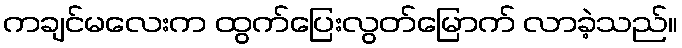
ကချင်မလေးက ထွက်ပြေးလွတ်မြောက် လာခဲ့သည်။